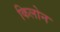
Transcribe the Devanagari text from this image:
किलोन